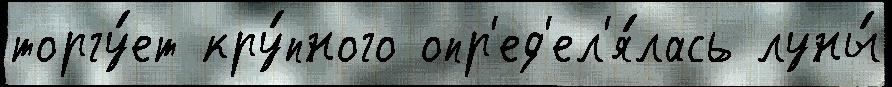
торгу́ет кру́пного опр'ед'ел'я́лась луны́